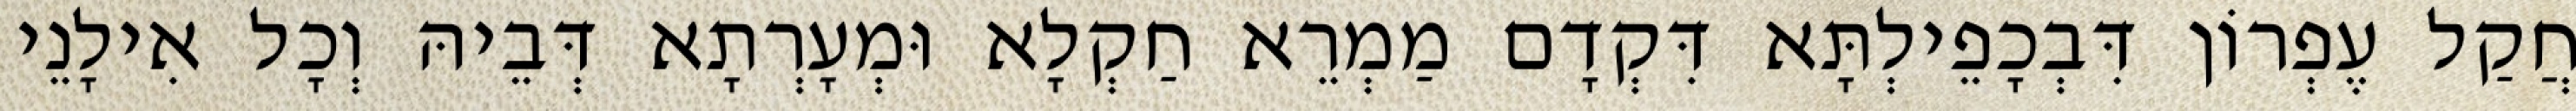
חֲקַל עֶפְרוֹן דִּבְכָפֵילְתָּא דִּקְדָם מַמְרֵא חַקְלָא וּמְעָרְתָא דְּבֵיהּ וְכָל אִילָנֵי